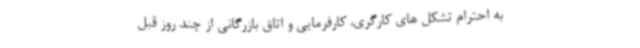
به احترام تشکل های کارگری، کارفرمایی و اتاق بازرگانی از چند روز قبل